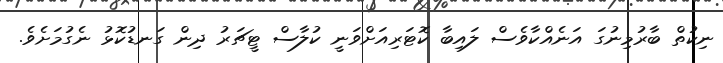
ނިކުތް ބާރުމިނުގަ އަނެއްކާވެސް ލައިބާ ކޮޓަރިއަށްވަނީ ކުލާސް ޓީޗަރު ދިން ގަނޑުކޮޅު ނެގުމަށެވެ.